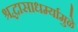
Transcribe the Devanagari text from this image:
श्रद्धासाधर्म्यामुळे